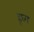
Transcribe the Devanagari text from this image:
ह्घ्ग